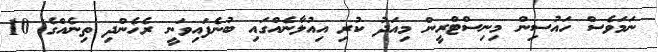
ނަމަވެސް ހައުސިން މިނިސްޓްރީން މިއަދު ކުރި އިއުލާނެއްގައި ބުނެފައިވަނީ ރެހެންދި ތިނެއްގެ 10